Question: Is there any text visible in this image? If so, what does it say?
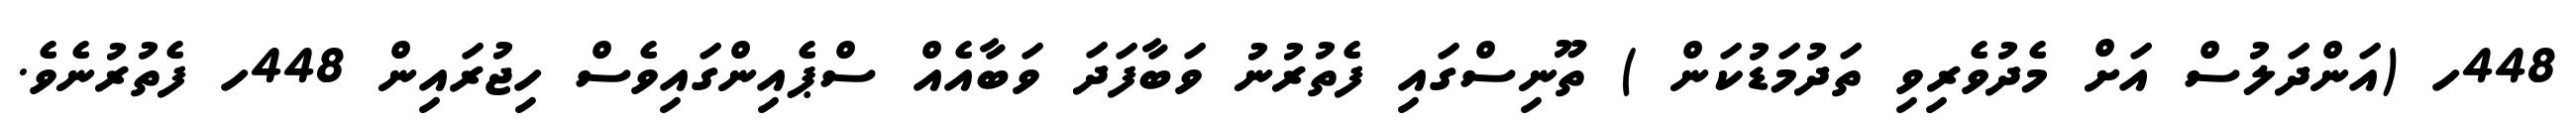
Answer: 448ހ (އަންދަލުސް އަށް މެދުވެރިވި ތަދުމަޑުކަން ) ތޫނިސްގައި ފެތުރުނު ވަބާފަދަ ވަބާއެއް ސްޕެއިންގައިވެސް ހިޖުރައިން 448ހ ފެތުރުނެވެ.